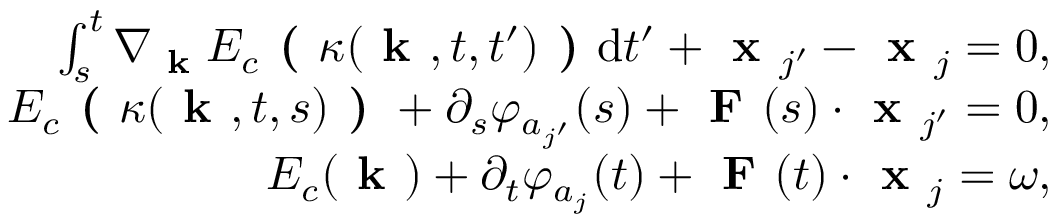
\begin{array} { r } { \int _ { s } ^ { t } \nabla _ { \textbf { k } } E _ { c } \textbf { ( } \kappa ( \textbf { k } , t , t ^ { \prime } ) \textbf { ) } \mathrm { d } t ^ { \prime } + \textbf { x } _ { j ^ { \prime } } - \textbf { x } _ { j } = 0 , } \\ { E _ { c } \textbf { ( } \kappa ( \textbf { k } , t , s ) \textbf { ) } + \partial _ { s } \varphi _ { a _ { j ^ { \prime } } } ( s ) + \textbf { F } ( s ) \cdot \textbf { x } _ { j ^ { \prime } } = 0 , } \\ { E _ { c } ( \textbf { k } ) + \partial _ { t } \varphi _ { a _ { j } } ( t ) + \textbf { F } ( t ) \cdot \textbf { x } _ { j } = \omega , } \end{array}